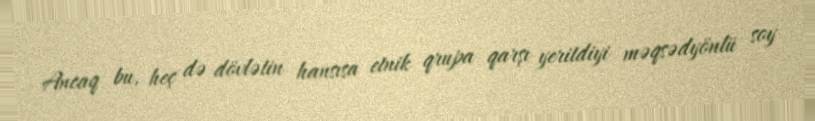
Ancaq bu, heç də dövlətin hansısa etnik qrupa qarşı yeritdiyi məqsədyönlü soy